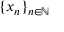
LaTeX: \{ x _ { n } \} _ { n \in \mathbb { N } }